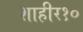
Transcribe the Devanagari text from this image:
शाहीर१०